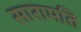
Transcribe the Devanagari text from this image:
सारामति